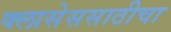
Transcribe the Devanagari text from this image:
क्लासेससाठीचा